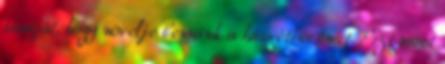
tanúját, hogy növelje bennünk a húsvéti örömet. Ezt most